Scottish Leaving Certificate Examination, 1955
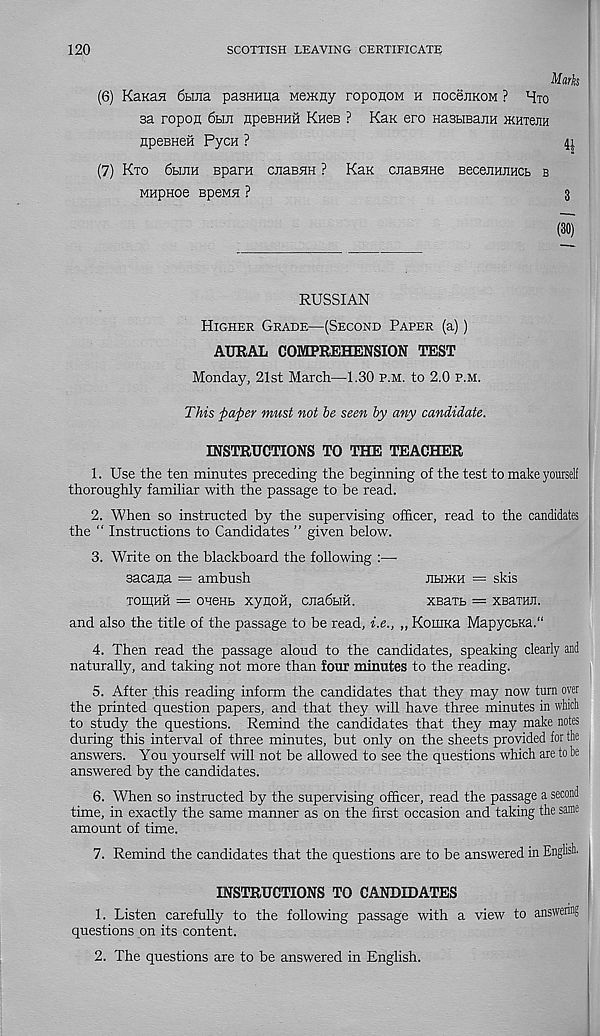
120
SCOTTISH LEAVING CERTIFICATE
Mark
(6) KanaH 6tma pasHHiia MeiKny ropoHOM h noceEKOM ? Hto
sa ropofl 6un HpesHHii Khcb ? Kan ero HastiBanH ikhtseh
npeBneH Pycn ?
4|
(7) Kto 6hjih Bparn CEaBHH ? Kan CEaBHHe BeceEHEHCt, b
MHpHOe BpeMH ?
3
(30)
RUSSIAN
Higher Grade—(Second Paper (a))
AURAL COMPREHENSION TEST
Monday, 21st March—1.30 p.m. to 2.0 p.m.
This paper must not he seen by any candidate.
INSTRUCTIONS TO THE TEACHER
1. Use the ten minutes preceding the beginning of the test to make yourself
thoroughly familiar with the passage to be read.
2. When so instructed by the supervising officer, read to the candidates
the “ Instructions to Candidates ” given below.
3. Write on the blackboard the following :—
sacana = ambush
jihikh = skis
toihhh = oueHb xyRoii, cjiadbifi.
XBaTb = XBaran.
and also the title of the passage to be read, i.e., „ KomKa MapycbKa."
4. Then read the passage aloud to the candidates, speaking clearly and
naturally, and taking not more than four minutes to the reading.
5. After this reading inform the candidates that they may now turn over
the printed question papers, and that they will have three minutes in which
to study the questions. Remind the candidates that they may make notes
during this interval of three minutes, but only on the sheets provided for the
answers. You yourself will not be allowed to see the questions which are to be
answered by the candidates.
6. When so instructed by the supervising officer, read the passage a second
time, in exactly the same manner as on the first occasion and taking the same
amount of time.
7. Remind the candidates that the questions are to be answered in English.
INSTRUCTIONS TO CANDIDATES
1. Listen carefully to the following passage with a view to answering
questions on its content.
2. The questions are to be answered in English.